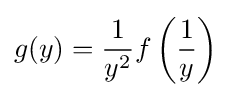
g(y)={\frac {1}{y^{2}}}f\left({\frac {1}{y}}\right)